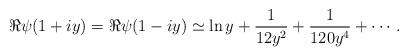
LaTeX: \begin{align*}\Re \psi(1+iy) = \Re \psi(1-iy) \simeq \ln y + {1 \over 12 y^2} + {1 \over 120 y^4} + \cdots.\end{align*}